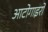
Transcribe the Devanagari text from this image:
आटोगाइरो